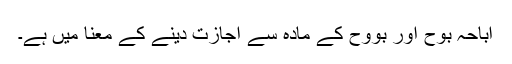
اباحہ بَوح اور بُوْوح کے مادہ سے اجازت دینے کے معنا میں ہے۔